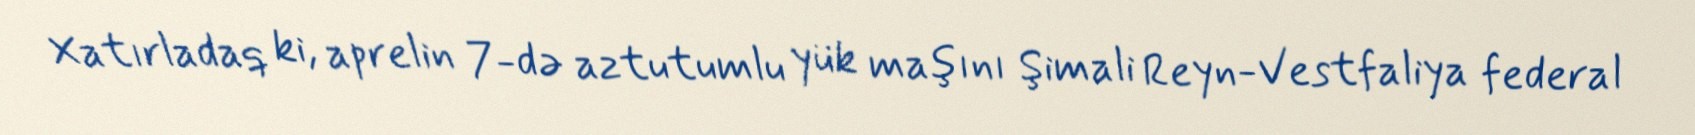
Xatırladaq ki, aprelin 7-də aztutumlu yük maşını Şimali Reyn-Vestfaliya federal